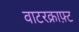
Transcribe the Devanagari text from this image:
वाटरक्राफ़्ट